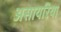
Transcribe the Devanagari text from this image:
असायरिया